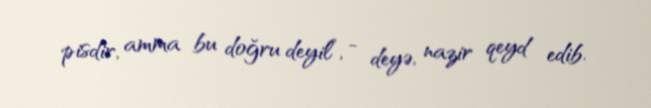
pisdir, amma bu doğru deyil”, - deyə, nazir qeyd edib.